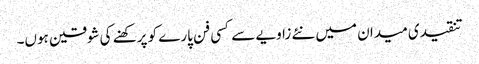
تنقیدی میدان میں نئے زاویے سے کسی فن پارے کو پرکھنے کی شوقین ہوں۔